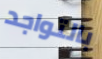
بالتواجد